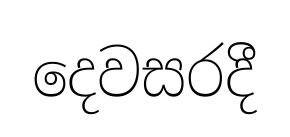
දෙවසරදී